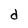
Character: d